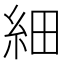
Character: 細